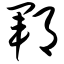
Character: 郓